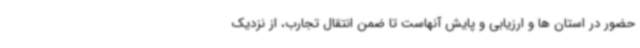
حضور در استان ها و ارزیابی و پایش آنهاست تا ضمن انتقال تجارب، از نزدیک